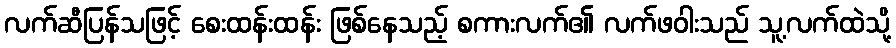
လက်ဆီပြန်သဖြင့် စေးထန်းထန်း ဖြစ်နေသည့် စကားလက်၏ လက်ဖဝါးသည် သူ့လက်ထဲသို့